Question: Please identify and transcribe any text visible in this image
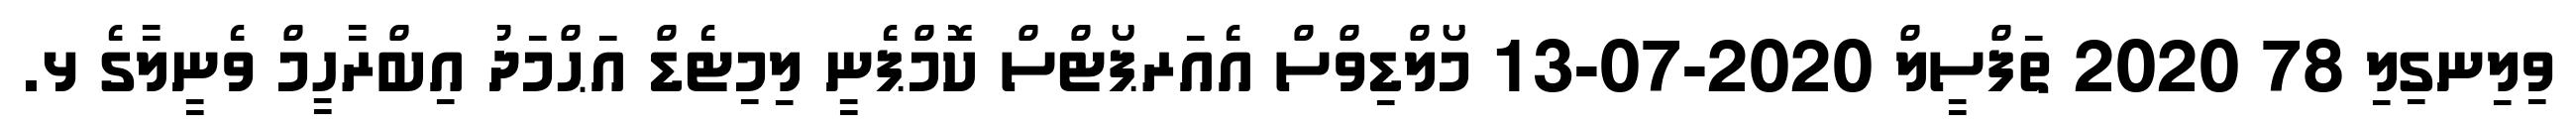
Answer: ވިލިނގިލި 78 2020 ތަފްސީލް 2020-07-13 މޯލްޑިވްސް އެއަރޕޯޓްސް ކޮމްޕެނީ ލިމިޓެޑް އަޙްމަދު އިބްރާހީމް ވެނީލާގެ ޅ.